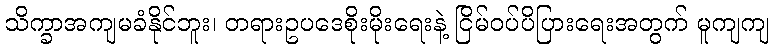
သိက္ခာအကျမခံနိုင်ဘူး၊ တရားဥပဒေစိုးမိုးရေးနဲ့ ငြိမ်ဝပ်ပိပြားရေးအတွက် မူကျကျ